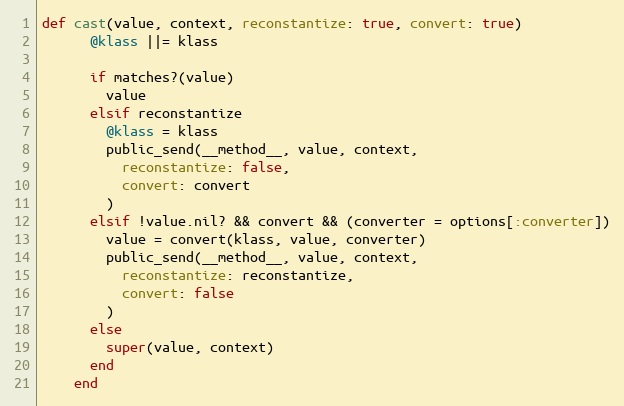
Language: Ruby
def cast(value, context, reconstantize: true, convert: true)
      @klass ||= klass

      if matches?(value)
        value
      elsif reconstantize
        @klass = klass
        public_send(__method__, value, context,
          reconstantize: false,
          convert: convert
        )
      elsif !value.nil? && convert && (converter = options[:converter])
        value = convert(klass, value, converter)
        public_send(__method__, value, context,
          reconstantize: reconstantize,
          convert: false
        )
      else
        super(value, context)
      end
    end